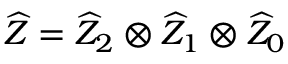
\widehat { Z } = \widehat { Z } _ { 2 } \otimes \widehat { Z } _ { 1 } \otimes \widehat { Z } _ { 0 }